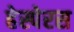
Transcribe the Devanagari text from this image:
हेस्पेरस